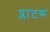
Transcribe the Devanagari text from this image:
प्लांटरूं